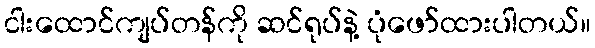
ငါးထောင်ကျပ်တန်ကို ဆင်ရုပ်နဲ့ ပုံဖော်ထားပါတယ်။